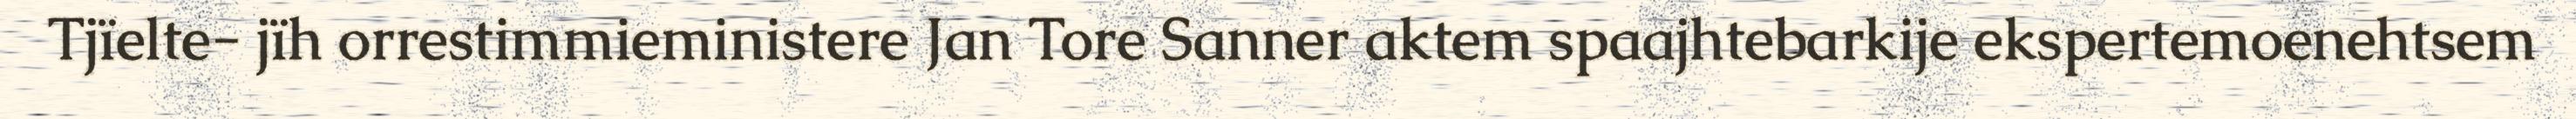
Tjïelte- jïh orrestimmieministere Jan Tore Sanner aktem spaajhtebarkije ekspertemoenehtsem